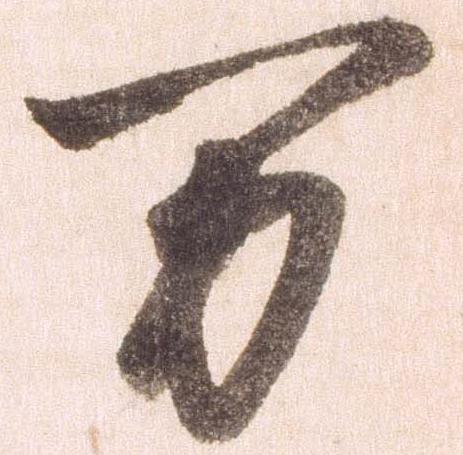
万